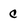
Character: c